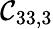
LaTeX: \mathcal{C}_{33,3}